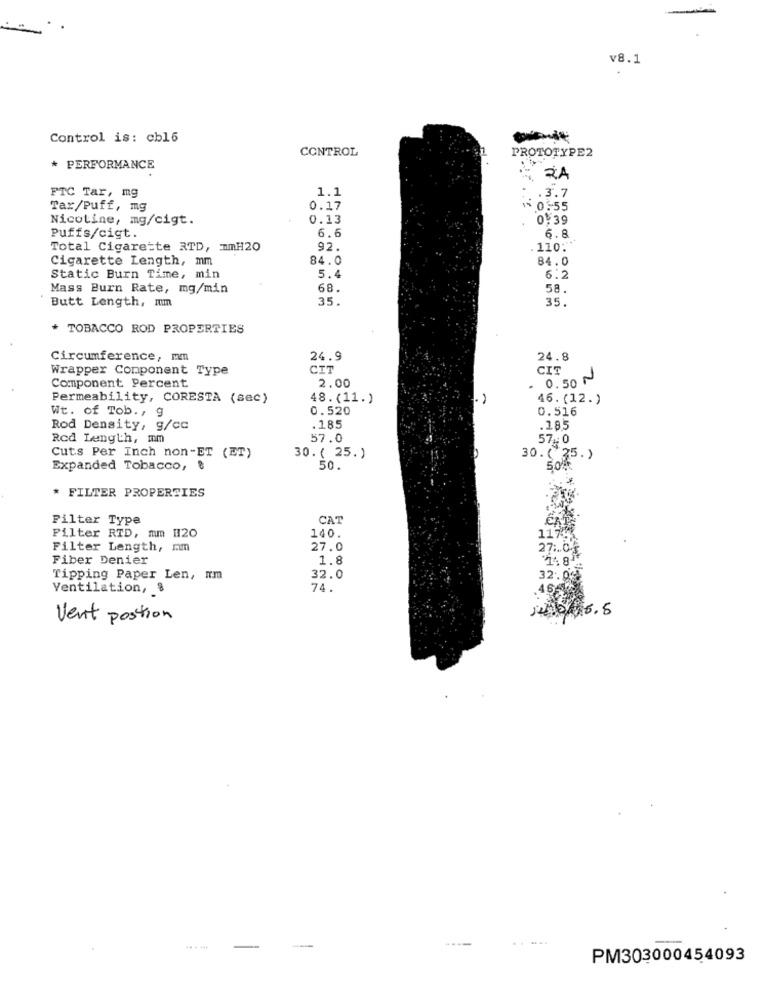
v8.1
Control is: cb16
CONTROL
PROTOTYPE2
* PERFORMANCE
RA
1.1
FTC Tar, mg
.3.7
Tax/Puff, mg
0.17
1 0.55
Nicotine, mg/cigt.
0.13
0139
Puffs/cigt.
6.6
6.8
Total Cigarette RTD, mmH20
92.
. 110:
Cigarette Length, mm
84.0
84.0
5.4
Static Burn Time, min
6:2
Mass Burn Rate, mg/min
68.
58.
Butt Length, mm
35.
35.
* TOBACCO ROD PROPERTIES
Circumference, mm
24.9
24.8
Wrapper Component Type
CIT
CIT
0.50 ~
Component Percent
2.00
Permeability, CORESTA (sec)
48.(11. )
46. (12. )
Wt. of Tob ., g
0.520
0.516
Rod Density, g/cc
.185
.185
Red Length, mm
57.0
57 .; 0
Cuts Per Inch non-ET (ET)
30. ( 25.)
30.( 35.)
Expanded Tobacco, &
50.
50%
* FILTER PROPERTIES
Filter Type
CAT
140.
Filter RTD, mm H20
Filter Length, mm
27.0
27 .. 04
Fiber Denier
1.8
Tipping Paper Len, im
32.0
32.00
Ventilation, &
74.
Vent postion
PM303000454093